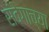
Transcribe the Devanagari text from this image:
संवेगाच्या